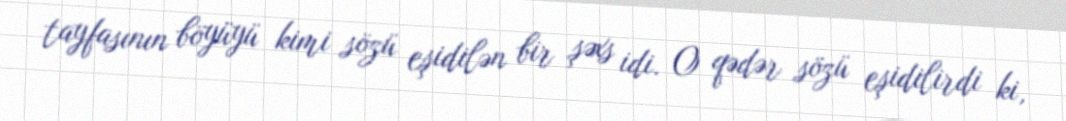
tayfasının böyüyü kimi sözü eşidilən bir şəxs idi. O qədər sözü eşidilirdi ki,